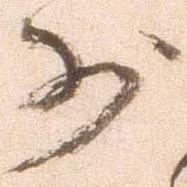
少